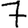
Digit: 7